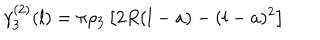
\gamma _ { 3 } ^ { ( 2 ) } ( l ) = \pi { \rho _ { 3 } } \left[ 2 R ( l - a ) - ( l - a ) ^ { 2 } \right]